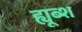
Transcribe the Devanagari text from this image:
ह्यूब्श